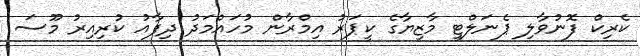
ކެރިކް ފޮނުވާލި ޕެނަލްޓީ މާޒިޔާގެ ކީޕަރު އިމްރާން މުހައްމަދު ދިފާއު ކުރިއިރު މޫސަ